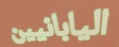
اليابانيين